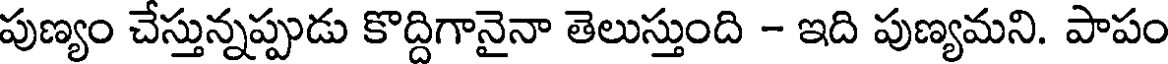
పుణ్యం చేస్తున్నప్పుడు కొద్దిగానైనా తెలుస్తుంది - ఇది పుణ్యమని. పాపం